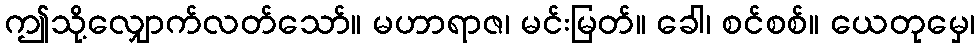
ဤသို့လျှောက်လတ်သော်။ မဟာရာဇ၊ မင်းမြတ်။ ခေါ၊ စင်စစ်။ ယေတုမှေ၊